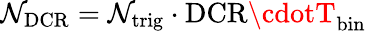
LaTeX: \mathcal{N}_{\mathrm{{DCR}}}=\mathcal{N}_{\mathrm{{trig}}}\cdot\mathrm{{DCR}}\cdotT_{\mathrm{{bin}}}